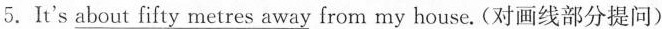
5.It's \underline{about fifty metres away} from my house. (对画线部分提问)